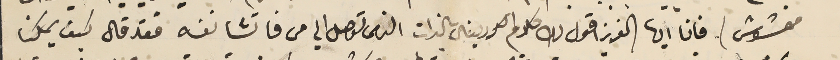
مغشوش) فانا ايها العزيز اقول لك كلام الكردينال بالذات الناس توصل الي من فاتشا نفسه فقد قال كيف يمكنا